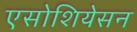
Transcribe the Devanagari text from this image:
एसोशियेसन